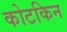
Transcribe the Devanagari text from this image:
कोटकिन